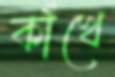
কাঁখে